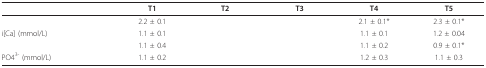
<table><thead><tr><td>[EMPTY_CELL]</td><td><b>T1</b></td><td><b>T2</b></td><td><b>T3</b></td><td><b>T4</b></td><td><b>T5</b></td></tr></thead><tbody><tr><td>[EMPTY_CELL]</td><td>2.2 ± 0.1</td><td>[EMPTY_CELL]</td><td>[EMPTY_CELL]</td><td>2.1 ± 0.1*</td><td>2.3 ± 0.1*</td></tr><tr><td>i[Ca] (mmol/L)</td><td>1.1 ± 0.1</td><td>[EMPTY_CELL]</td><td>[EMPTY_CELL]</td><td>1.1 ± 0.1</td><td>1.2 ± 0.04</td></tr><tr><td>[EMPTY_CELL]</td><td>1.1 ± 0.4</td><td>[EMPTY_CELL]</td><td>[EMPTY_CELL]</td><td>1.1 ± 0.2</td><td>0.9 ± 0.1*</td></tr><tr><td>PO4<sup>3- </sup>(mmol/L)</td><td>1.1 ± 0.2</td><td>[EMPTY_CELL]</td><td>[EMPTY_CELL]</td><td>1.2 ± 0.3</td><td>1.1 ± 0.3</td></tr></tbody></table>